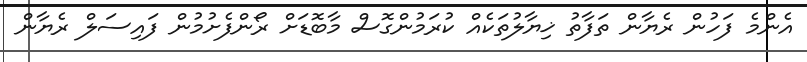
އެންމެ ފަހުން ރެޔާން ތަފާތު ޚިޔާލުތަކެއް ކުރަމުންގޮސް މާބޮޑަށް ރޯންފެށުމުން ފައިސަލް ރެޔާން